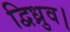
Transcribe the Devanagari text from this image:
द्विध्रुव।